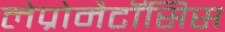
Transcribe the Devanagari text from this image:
लेप्रोमैटॉसिस